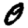
Digit: 0